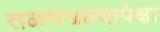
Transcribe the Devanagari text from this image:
तळमजल्यापेक्षा